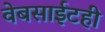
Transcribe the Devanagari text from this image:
वेबसाईटही